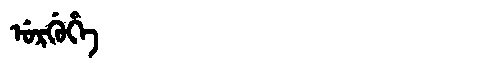
Manchu: ᡠᡵᡤᡠᡥᡝ
Romanization: URGUHE